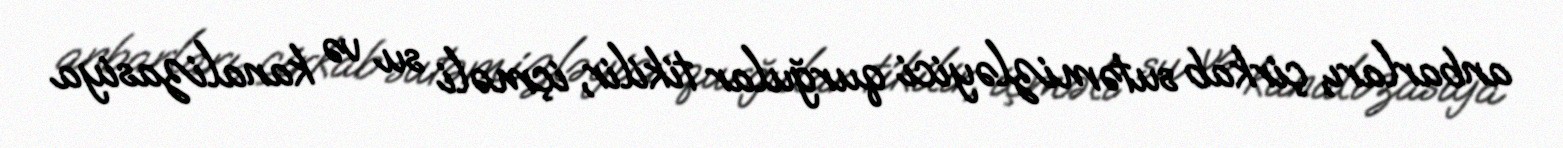
anbarları, çirkab sutəmizləyici qurğular tikilir, içməli su və kanalizasiya